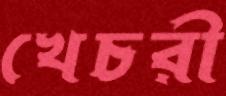
খেচরী